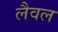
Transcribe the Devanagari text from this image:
लैवल